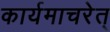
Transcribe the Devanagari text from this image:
कार्यमाचरेत्